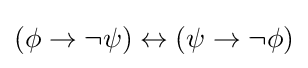
(\phi \to \neg \psi )\leftrightarrow (\psi \to \neg \phi )